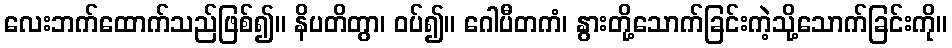
လေးဘက်ထောက်သည်ဖြစ်၍။ နိပတိတွာ၊ ဝပ်၍။ ဂေါပီတကံ၊ နွားတို့သောက်ခြင်းကဲ့သို့သောက်ခြင်းကို။